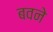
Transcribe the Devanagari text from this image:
बवने